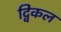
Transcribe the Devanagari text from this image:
द्विंकल